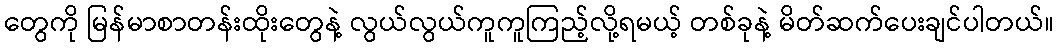
တွေကို မြန်မာစာတန်းထိုးတွေနဲ့ လွယ်လွယ်ကူကူကြည့်လို့ရမယ့် တစ်ခုနဲ့ မိတ်ဆက်ပေးချင်ပါတယ်။